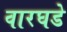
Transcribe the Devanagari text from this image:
वारघडे